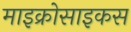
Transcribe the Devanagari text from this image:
माइक्रोसाइकस